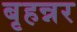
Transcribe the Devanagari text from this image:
बृहन्नर